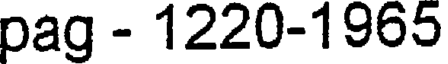
pag - 1220-1965